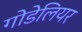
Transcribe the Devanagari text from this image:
गोडेलियर